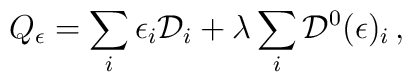
Q_\epsilon=\sum_i \epsilon_i {\cal D}_i +\lambda \sum_i {\cal D}^0 (\epsilon )_i\,,